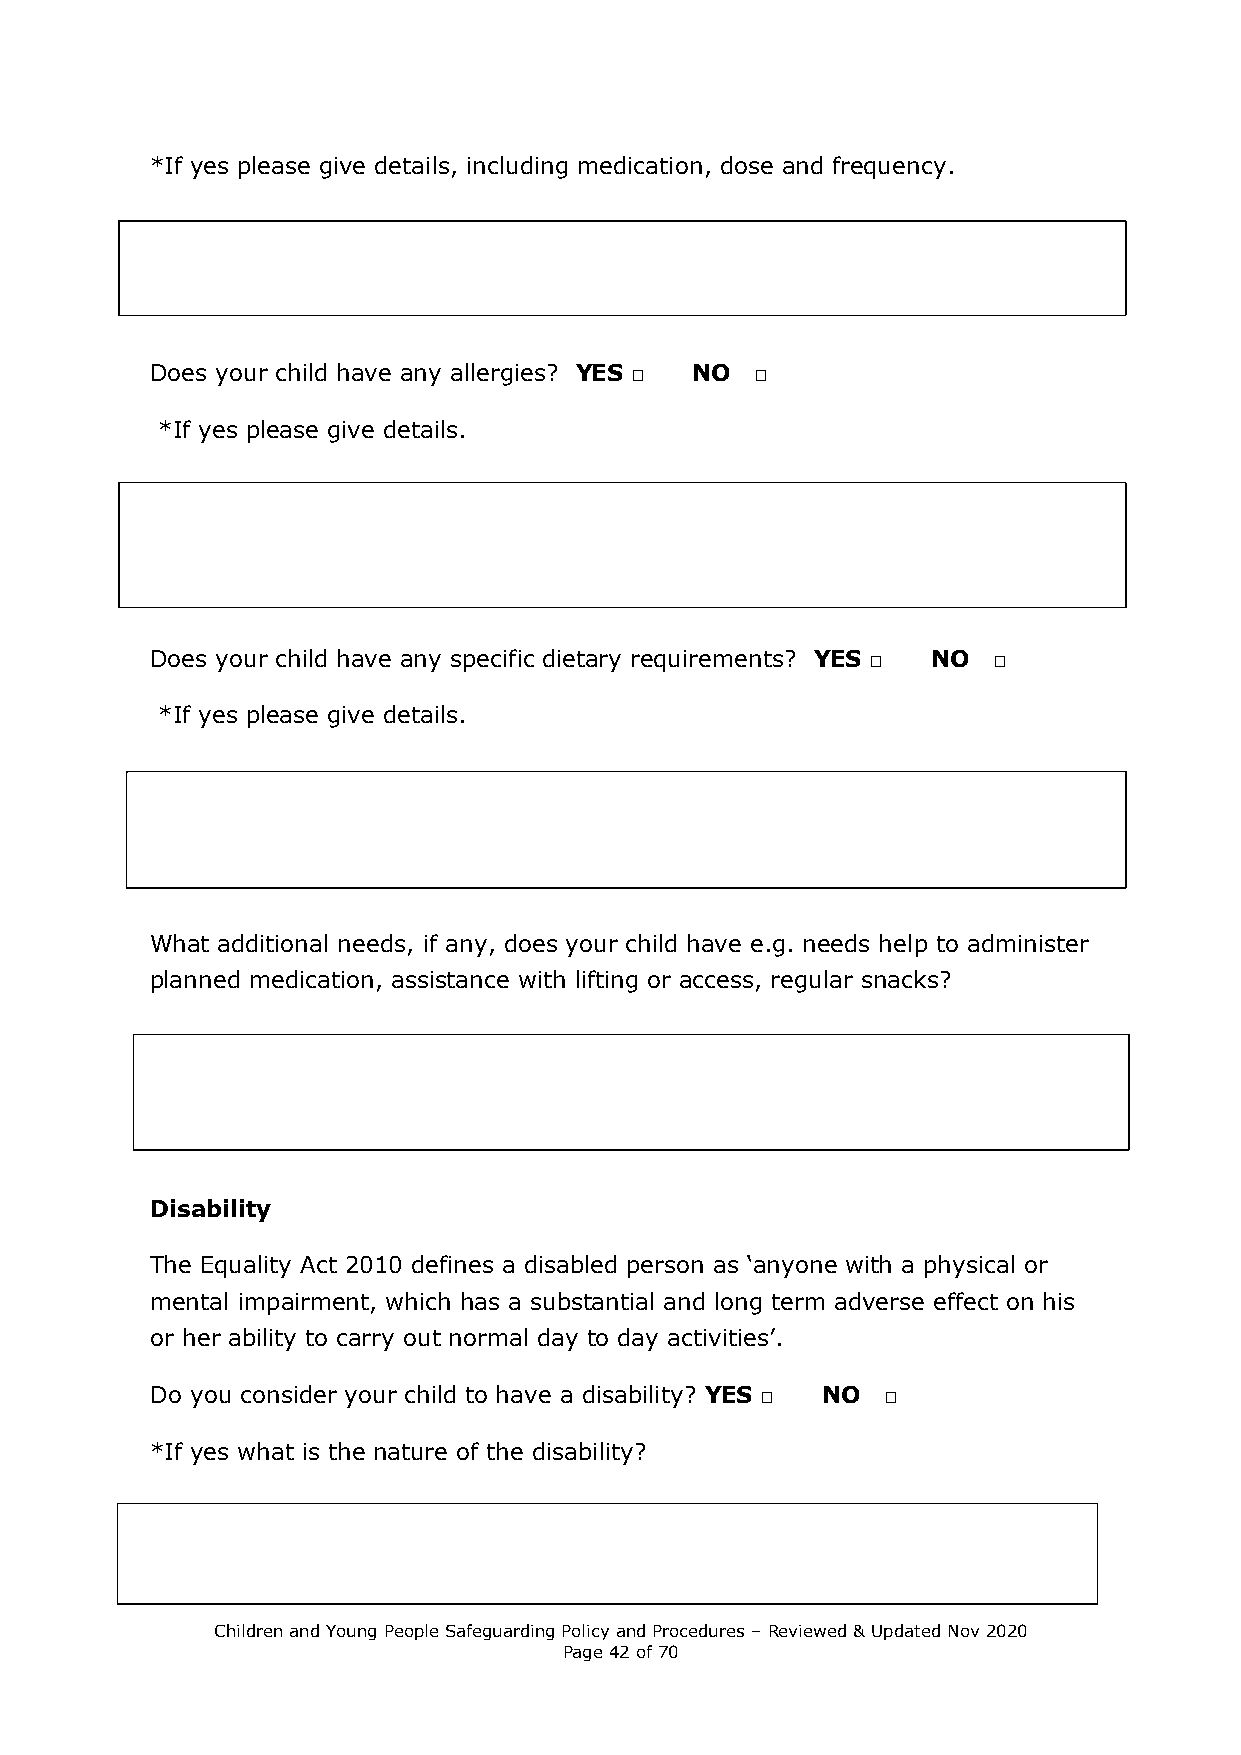
*If yes please give details, including medication, dose and frequency.
 Does your child have any allergies? YES □ NO □
 *If yes please give details.
 Does your child have any specific dietary requirements? YES □ NO □
 *If yes please give details.
 What additional needs, if any, does your child have e.g. needs help to administer
 planned medication, assistance with lifting or access, regular snacks?
 Disability
 The Equality Act 2010 defines a disabled person as ‘anyone with a physical or
 mental impairment, which has a substantial and long term adverse effect on his
 or her ability to carry out normal day to day activities’.
 Do you consider your child to have a disability? YES □ NO □
 *If yes what is the nature of the disability?
 Children and Young People Safeguarding Policy and Procedures – Reviewed & Updated Nov 2020
 Page 42 of 70